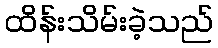
ထိန်းသိမ်းခဲ့သည်